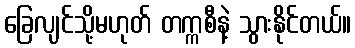
ခြေလျင်သို့မဟုတ် တက္ကစီနဲ့ သွားနိုင်တယ်။